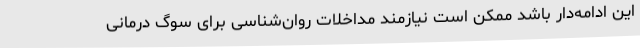
این ادامه‌دار باشد ممکن است نیازمند مداخلات روان‌شناسی برای سوگ درمانی